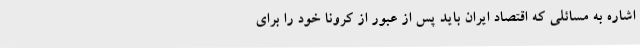
اشاره به مسائلی که اقتصاد ایران باید پس از عبور از کرونا خود را برای